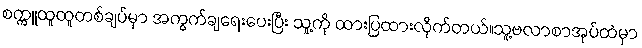
စက္ကူထူထူတစ်ချပ်မှာ အကွက်ချရေးပေးပြီး သူ့ကို ထားပြထားလိုက်တယ်။သူ့ဗလာစာအုပ်ထဲမှာ